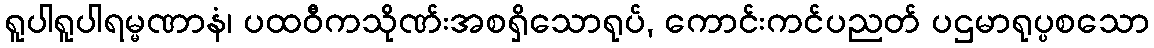
ရူပါရူပါရမ္မဏာနံ၊ ပထဝီကသိုဏ်းအစရှိသောရုပ်, ကောင်းကင်ပညတ် ပဌမာရုပ္ပစသော